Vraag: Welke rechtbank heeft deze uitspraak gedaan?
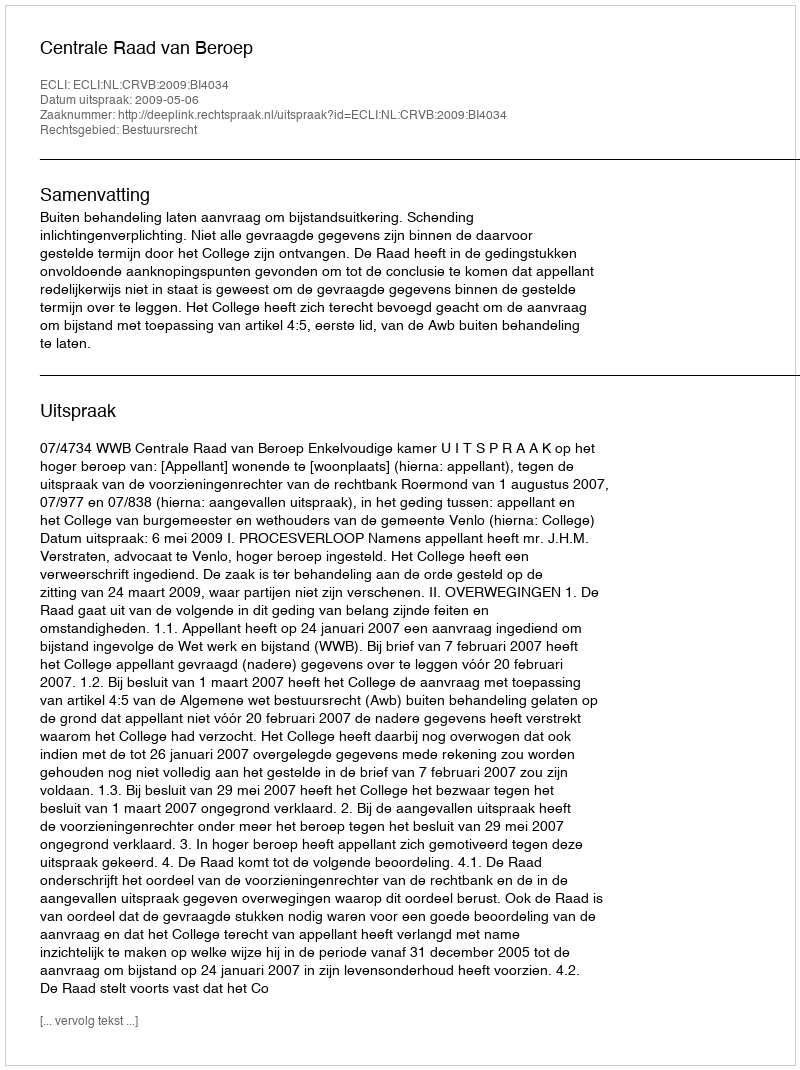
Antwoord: Centrale Raad van Beroep